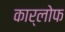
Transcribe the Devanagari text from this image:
कार्लोफ